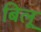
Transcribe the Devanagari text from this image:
बिलू